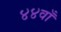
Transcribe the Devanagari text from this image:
४४वाँ